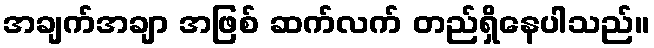
အချက်အချာ အဖြစ် ဆက်လက် တည်ရှိနေပါသည်။